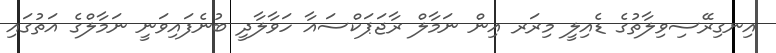
އިނގިރޭސިވިލާތުގެ ޑެއިލީ މިރަރ އިން ނަމާލް ރާޖަޕަކްސައާ ހަވާލާދީ ބުނެފައިވަނީ ނަމާލްގެ އަތުގައި